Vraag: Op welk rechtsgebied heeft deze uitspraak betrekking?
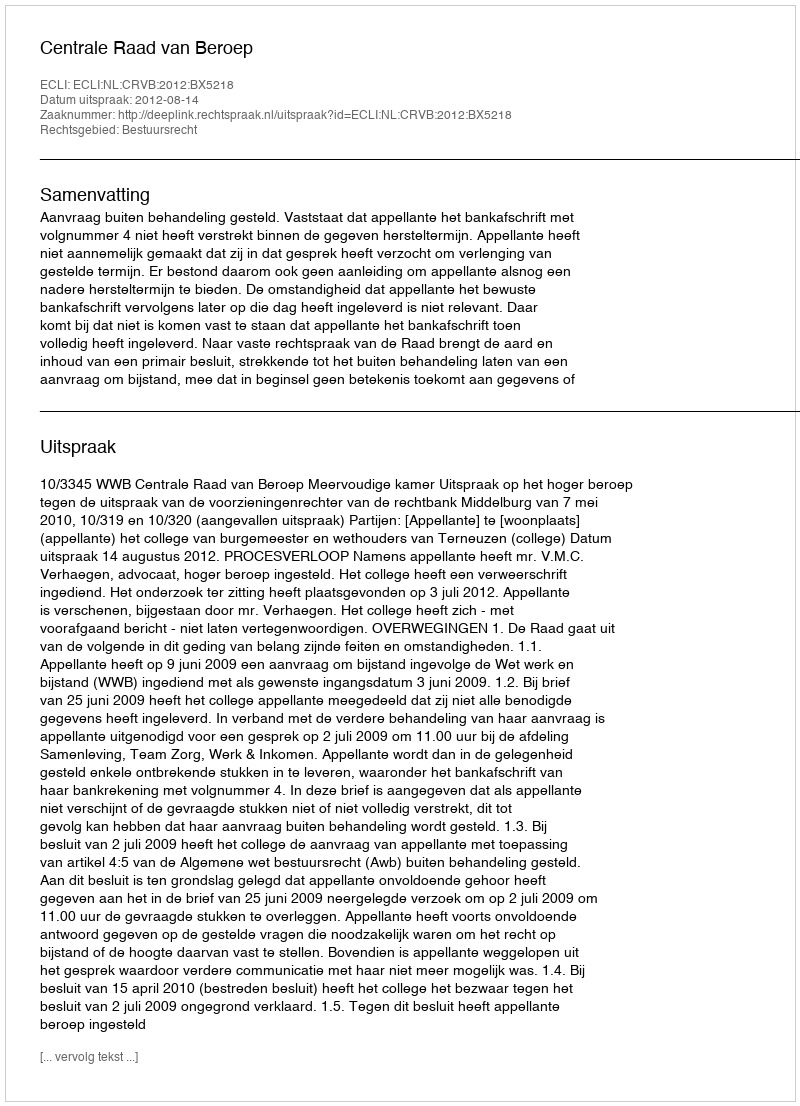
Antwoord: Bestuursrecht